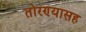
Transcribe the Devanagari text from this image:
तोरण्यासह